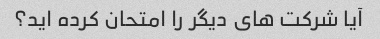
آیا شرکت های دیگر را امتحان کرده اید؟